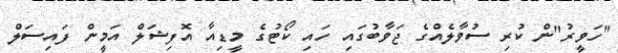
"ހަވީރު"ން ކުރި ސުވާލެއްގެ ޖަވާބުގައި ހައި ކޯޓުގެ މީޑިއާ އޮފިޝަލް އަމީން ފައިސަލް